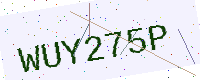
Text: WUY275P